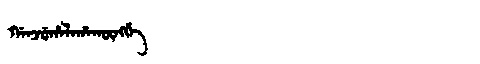
Manchu: ᡤᠠᠨᠵᡠᡥᠠᠯᠠᡥᠠᡴᡡᠩᡤᡝ
Romanization: GANJUHALAHAKŪNGGE